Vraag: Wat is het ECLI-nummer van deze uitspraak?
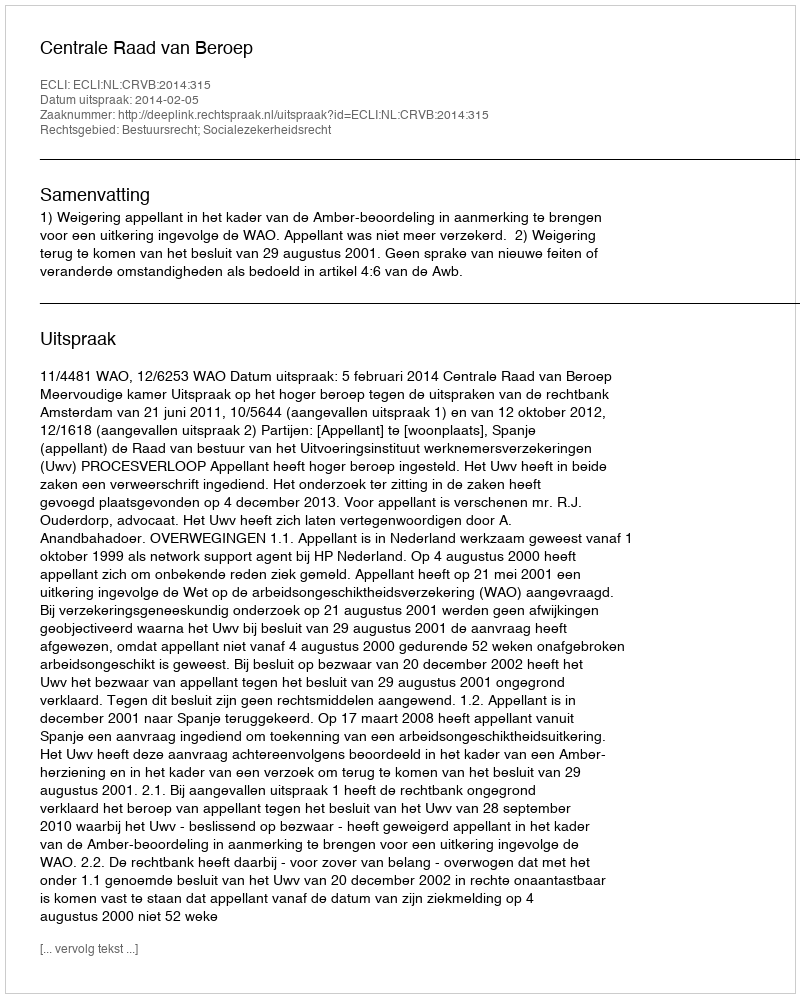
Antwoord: ECLI:NL:CRVB:2014:315